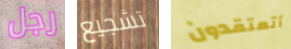
رجل تشجيع أتعتقدون